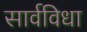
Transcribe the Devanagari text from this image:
सार्वविधा